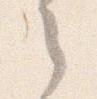
之